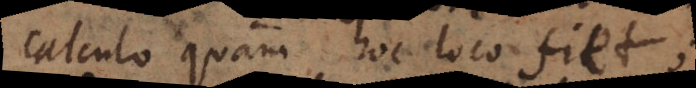
calculo quam hoc loco fiet;